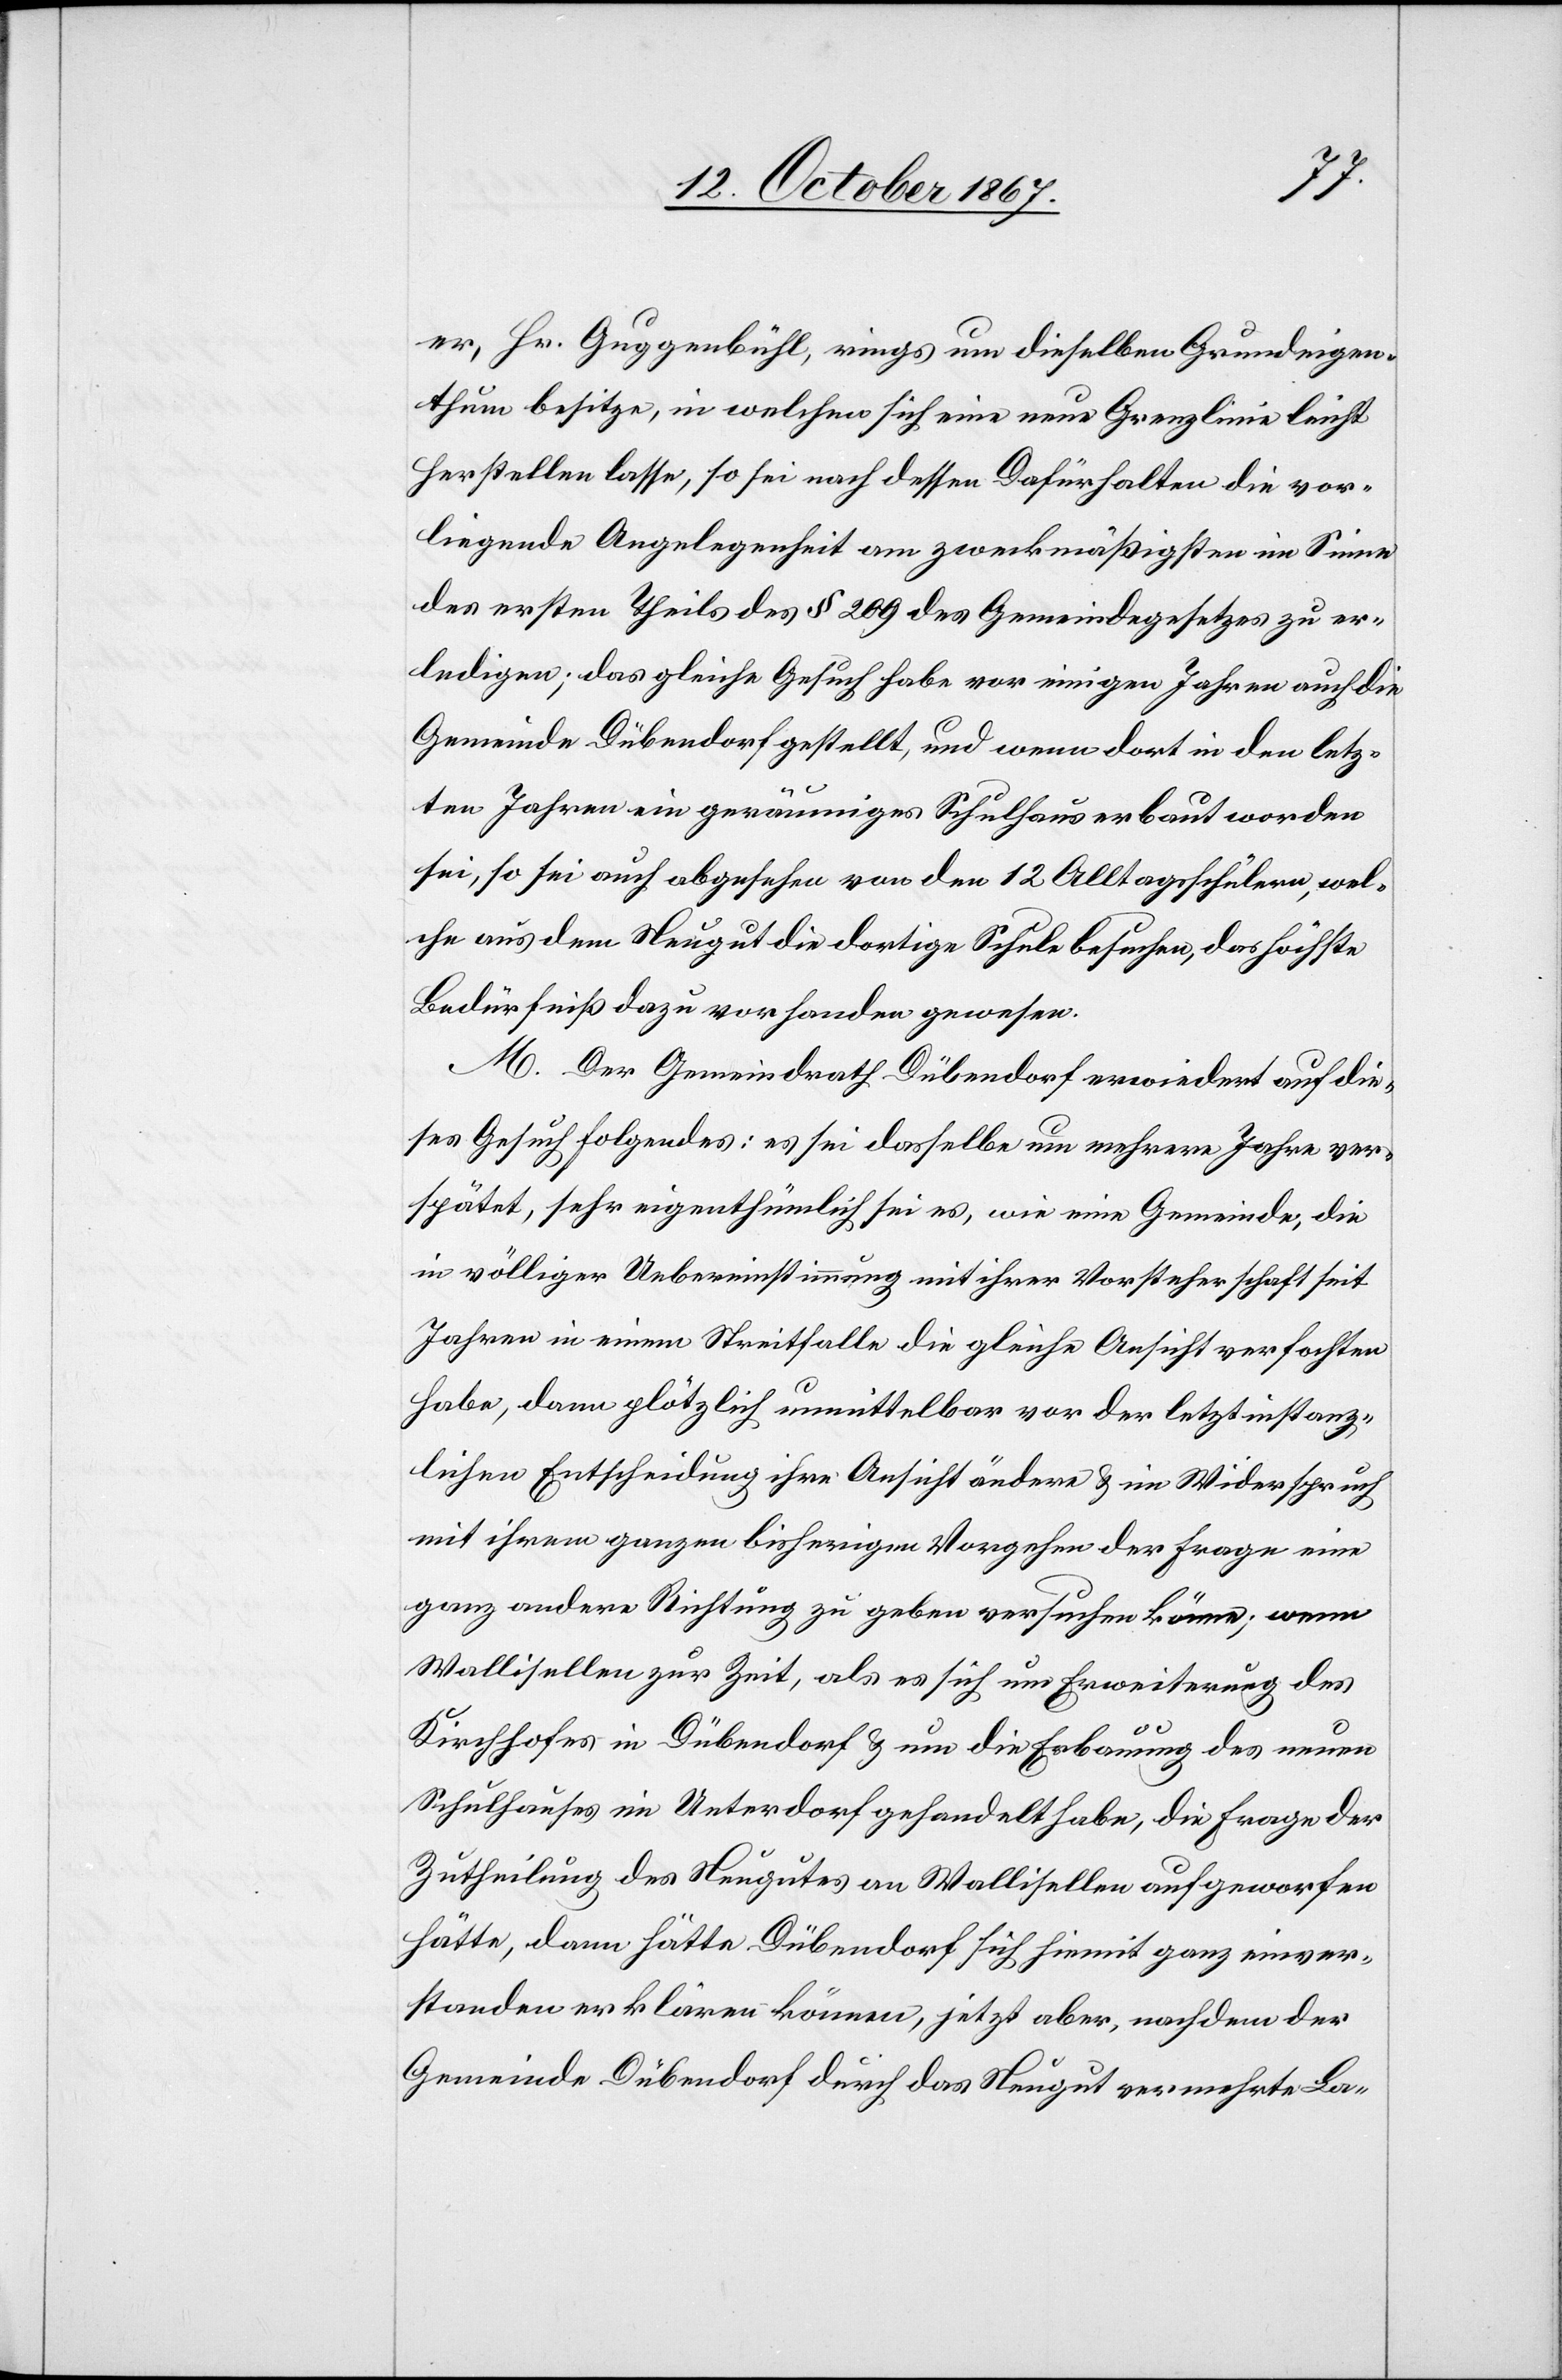
er, Hr. Guggenbühl, rings um dieselben Grundeigen¬
thum besitze, in welchen sich eine neue Grenzlinie leicht
herstellen lasse, so sei nach dessen Dafürhalten die vor¬
liegende Angelegenheit am zweckmäßigsten im Sinne
des ersten Theils des § 109 des Gemeindegesetzes zu er¬
ledigen; das gleiche Gesuch habe vor einigen Jahren auch die
Gemeinde Dübendorf gestellt, und wenn dort in den letz¬
ten Jahren ein geräumiges Schulhaus erbaut worden
sei, so sei auch abgesehen von den 12 Alltagsschülern, wel¬
che aus dem Neugut die dortige Schule besuchen, das höchste
Bedürfniß dazu vorhanden gewesen.
M. Der Gemeindrath Dübendorf erwiedert auf die¬
ses Gesuch Folgendes: es sei dasselbe um mehrere Jahre ver¬
spätet, sehr eigenthümlich sei es, wie eine Gemeinde, die
in völliger Uebereinstimmung mit ihrer Vorsteherschaft seit
Jahren in einem Streitfalle die gleiche Ansicht verfochten
habe, dann plötzlich unmittelbar vor der letztinstanz¬
lichen Entscheidung ihre Ansicht ändern u. im Widerspruch
mit ihrem ganzen bisherigen Vorgehen der Frage eine
ganz andere Richtung zu geben versuchen könne; wenn
Wallisellen zur Zeit, als es sich um Erweiterung des
Kirchhofes in Dübendorf u. um die Erbauung des neuen
Schulhauses im Unterdorf gehandelt habe, die Frage der
Zutheilung des Neugutes an Wallisellen aufgeworfen
hätte, dann hätte Dübendorf sich hiemit ganz einver¬
standen erklären können, jetzt aber, nachdem der
Gemeinde Dübendorf durch das Neugut vermehrte La-